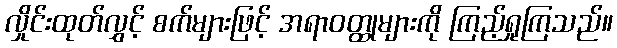
လှိုင်းထုတ်လွှင့် စက်များဖြင့် အရာဝတ္ထုများကို ကြည့်ရှုကြသည်။